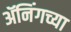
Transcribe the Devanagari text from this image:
ॲनिंगच्या